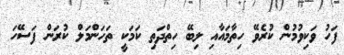
ފަހު ވަކިވުމުން ކުރެވޭ ހިތާމައާއި ލިބޭ ހިތްދަތި ކަމަކީ ތަހަންމަލް ކުރަން ފަސޭހަ